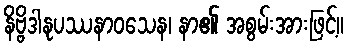
နိဗ္ဗိဒါနုပဿနာဝသေန၊ နာ၏ အစွမ်းအားဖြင့်။